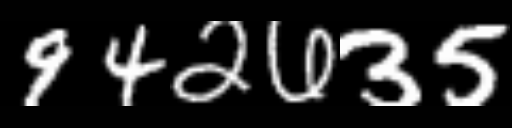
Text: 942635